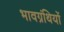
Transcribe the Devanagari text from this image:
भावग्रंथियों